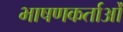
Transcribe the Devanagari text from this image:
भाषणकर्ताओं